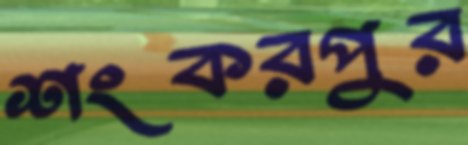
শংকরপুর